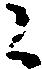
候